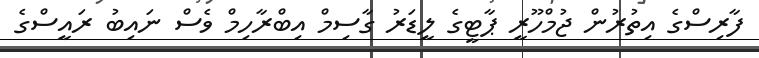
ފާރިސްގެ އިތުރުން ޖުމްހޫރީ ޕާޓީގެ ލީޑަރު ގާސިމް އިބްރާހިމް ވެސް ނައިބު ރައީސްގެ